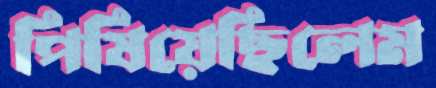
পিষিয়েছিলেম